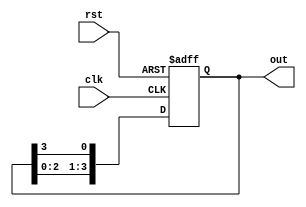
module ring_counter #(
    parameter N = 4 // Parameter for number of memory blocks (states)
)(
    input wire clk,          // Clock signal
    input wire rst,          // Asynchronous reset signal
    output reg [N-1:0] out   // Output representing the states of the counter
);

// Internal memory blocks (flip-flops)
reg [N-1:0] mem;           // Memory array to hold the state

// Always block for state transition
always @(posedge clk or posedge rst) begin
    if (rst) begin
        // Reset state: set first memory block to '1', others to '0'
        mem <= 1'b1 << 0; // 0001 for N=4
    end else begin
        // Shift the '1' to the next memory block
        mem <= {mem[N-2:0], mem[N-1]}; // Shift left and wrap around
    end
end

// Assign the memory state to the output
assign out = mem;

endmodule